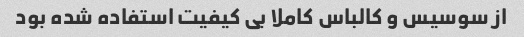
از سوسیس و کالباس کاملا بى کیفیت استفاده شده بود